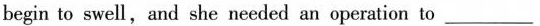
begin to swell,and she needed an operation to ___